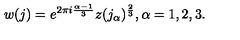
w ( j ) = e ^ { 2 \pi i \frac { \alpha - 1 } { 3 } } z ( j _ { \alpha } ) ^ { \frac { 2 } { 3 } } , \alpha = 1 , 2 , 3 .